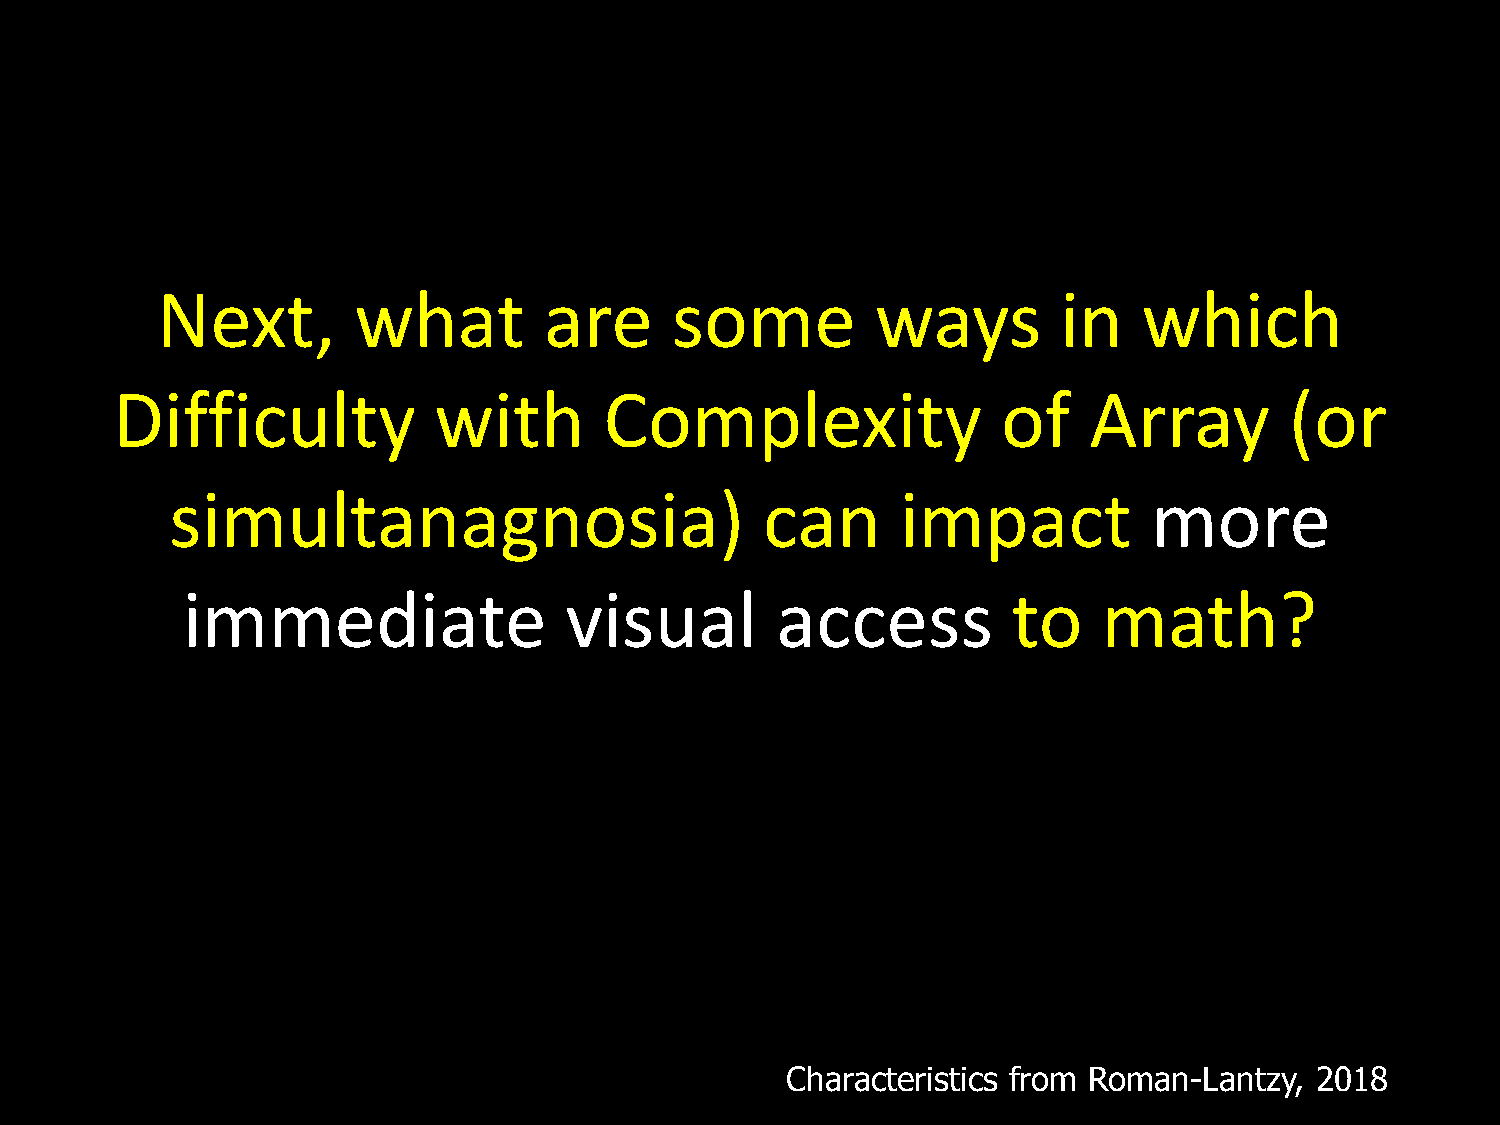
Next,        what         are     some          ways        in    which
 Difficulty            with       Complexity                of    Array        (or
 simultanagnosia)                        can      impact          more
 immediate                visual        access          to    math?
 Characteristics from Roman-Lantzy, 2018